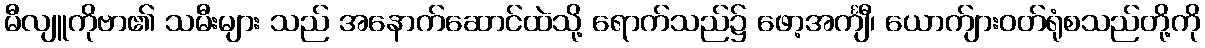
မီလျူကိုဗာ၏ သမီးများ သည် အနောက်ဆောင်ထဲသို့ ရောက်သည်၌ ဖော့အင်္ကျီ၊ ယောက်ျားဝတ်ရုံစသည်တို့ကို